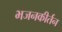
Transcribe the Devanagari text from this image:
भजनकीर्तन